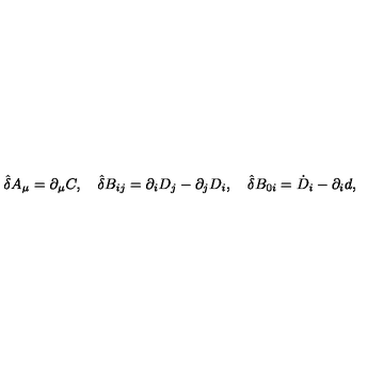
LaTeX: { \hat { \delta } } A _ { \mu } = \partial _ { \mu } C , \quad { \hat { \delta } } B _ { i j } = \partial _ { i } D _ { j } - \partial _ { j } D _ { i } , \quad { \hat { \delta } } B _ { 0 i } = { \dot { D } } _ { i } - \partial _ { i } d ,